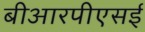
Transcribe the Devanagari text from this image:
बीआरपीएसई